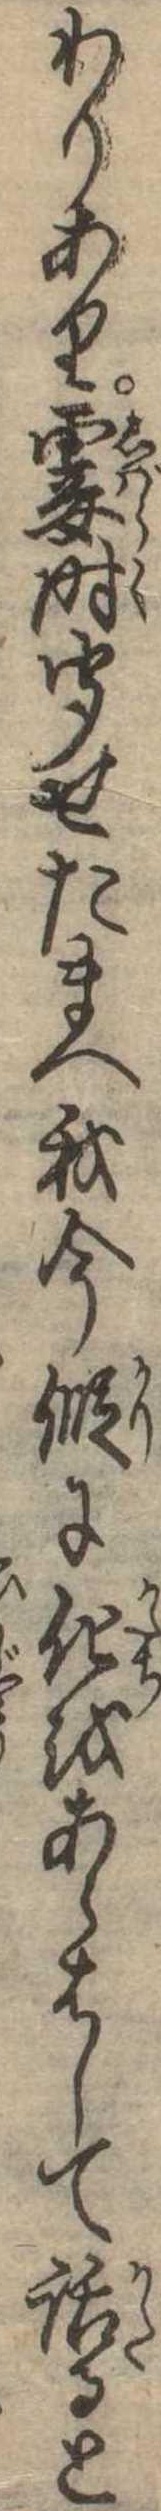
わりあり霎時聞せたまへ我今仮に化をあらはして話ると